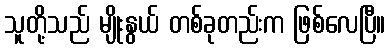
သူတို့သည် မျိုးနွယ် တစ်ခုတည်းက ဖြစ်လေပြီ။